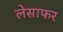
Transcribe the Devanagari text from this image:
लेसाफर